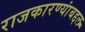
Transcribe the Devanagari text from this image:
राजकारण्यांबद्दल